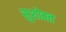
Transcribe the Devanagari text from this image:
सुशोबत